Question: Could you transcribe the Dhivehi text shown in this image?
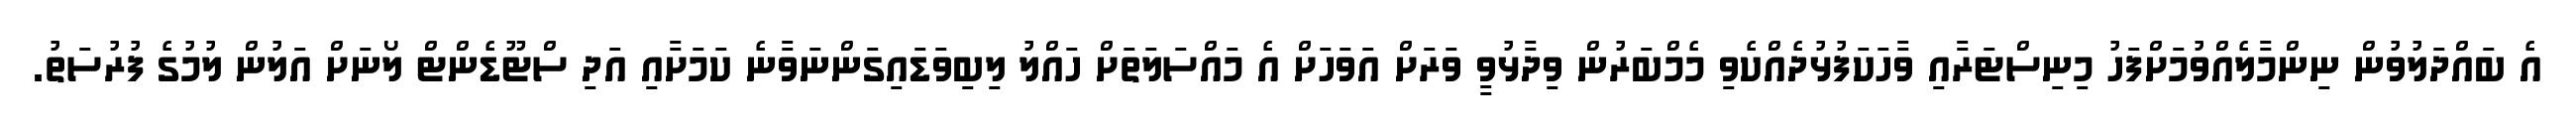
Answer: އެ ބައްދަލުވުން ނިންމާލެއްވުމަށްފަހު މިނިސްޓަރާއި ވާހަކަފުޅުދެއްކެވި މެމްބަރުން ވިދާޅުވީ ވަރަށް އަވަހަށް އެ މައްސަލަތަށް ހައްލު ލިބިވަޑައިގަންނަވާނެ ކަމަށާއި އަދި ސްޓޫޑެންޓް ލޯނަށް އަލުން ލުމުގެ ފުރުސަތު.